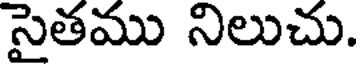
సైతము నిలుచు.